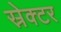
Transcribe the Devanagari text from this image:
स्रेक्टर